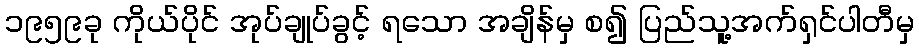
၁၉၅၉ခု ကိုယ်ပိုင် အုပ်ချုပ်ခွင့် ရသော အချိန်မှ စ၍ ပြည်သူ့အက်ရှင်ပါတီမှ